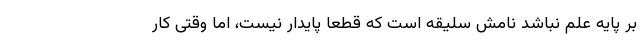
بر پایه علم نباشد نامش سلیقه است که قطعاً پایدار نیست، اما وقتی کار